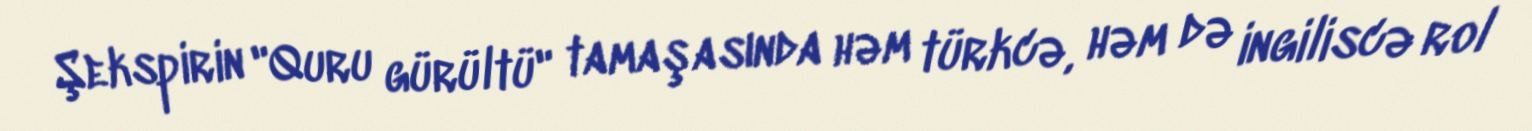
Şekspirin "Quru gürültü" tamaşasında həm türkcə, həm də ingiliscə rol